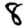
Digit: 8